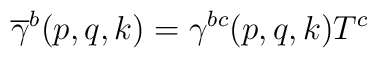
\overline{\gamma }^b(p,q,k)=\gamma ^{bc}(p,q,k)T^c